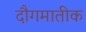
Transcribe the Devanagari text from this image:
दौगमातीक